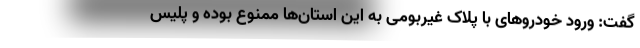
گفت: ورود خودروهای با پلاک غیربومی به این استان‌ها ممنوع بوده و پلیس